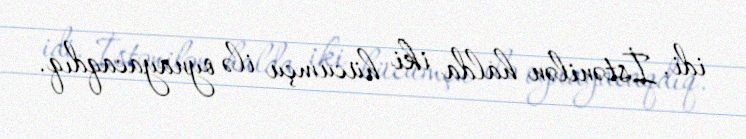
idi. İstənilən halda iki hücumçu ilə oynayacaqdıq.